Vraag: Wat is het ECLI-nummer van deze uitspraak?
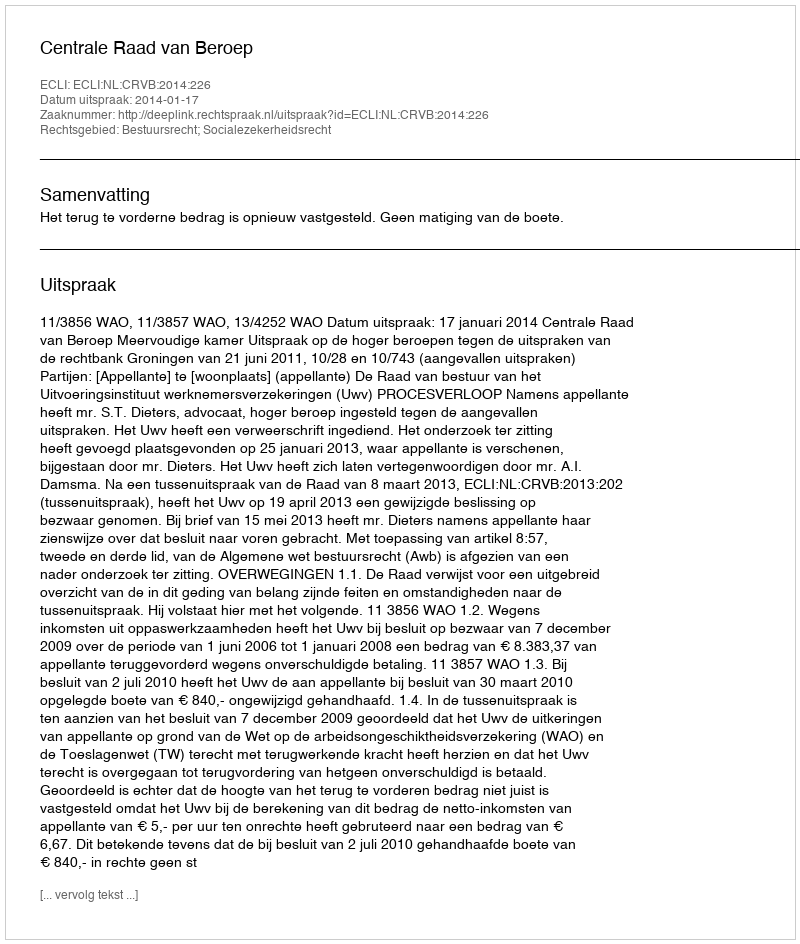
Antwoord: ECLI:NL:CRVB:2014:226